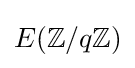
E(\mathbb {Z} /q\mathbb {Z} )